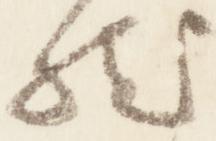
然